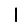
Digit: 1